Lunatic asylums Madras 1877-1891 - 1877-1891
Year: 1877
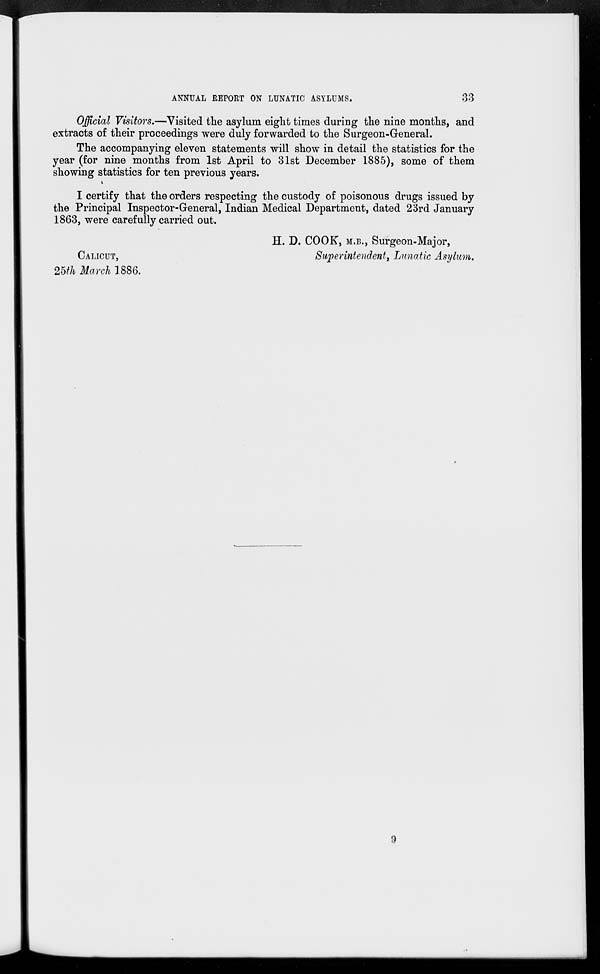
ANNUAL REPORT ON LUNATIC ASYLUMS.
33
Official Visitors.—Visited the asylum eight times during the nine months, and
extracts of their proceedings were duly forwarded to the Surgeon-General.
The accompanying eleven statements will show in detail the statistics for the
year (for nine months from 1st April to 31st December 1885), some of them
showing statistics for ten previous years.
I certify that the orders respecting the custody of poisonous drugs issued by
the Principal Inspector-General, Indian Medical Department, dated 23rd January
1863, were carefully carried out.
H. D. COOK, M.B., Surgeon-Major,
CALICUT,
Superintendent, Lunatic Asylum.
25th March 1886.
9